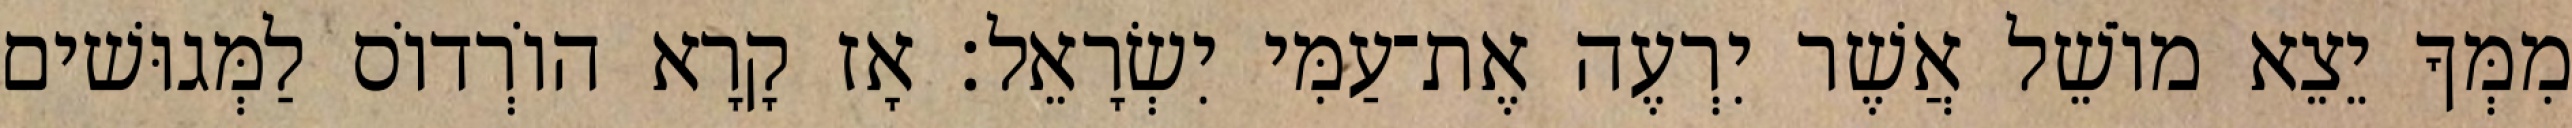
מִמְּךָ יֵצֵא מוֹשֵׁל אֲשֶׁר יִרְעֶה אֶת־עַמִּי יִשְׂרָאֵל׃ אָז קָרָא הוֹרְדוֹס לַמְּגוּשׁים